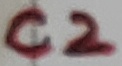
Text: C2